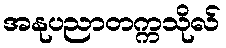
အနုပညာတက္ကသိုလ်